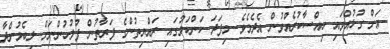
އަށް ގުޅުއްވައި ހިއްސާކުރެއްވުން އެދެމެވެ. މިފަދަ ކަންކަމުގައި ރައްޔިތުންގެ ފަރާތުން ފުލުހުންނަށް ލިބެމުންދާ